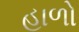
હાળો